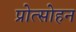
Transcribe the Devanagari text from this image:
प्रोत्साेहन